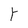
Character: r